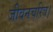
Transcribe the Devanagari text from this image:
जीवनचरित्र।